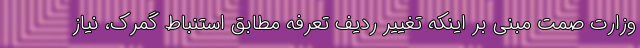
وزارت صمت مبنی بر اینکه تغییر ردیف تعرفه مطابق استنباط گمرک، نیاز